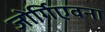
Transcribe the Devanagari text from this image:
जोर्गिएवना